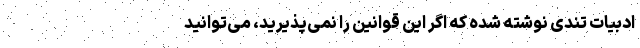
ادبیات تندی نوشته شده که اگر این قوانین را نمی‌پذیرید، می‌توانید